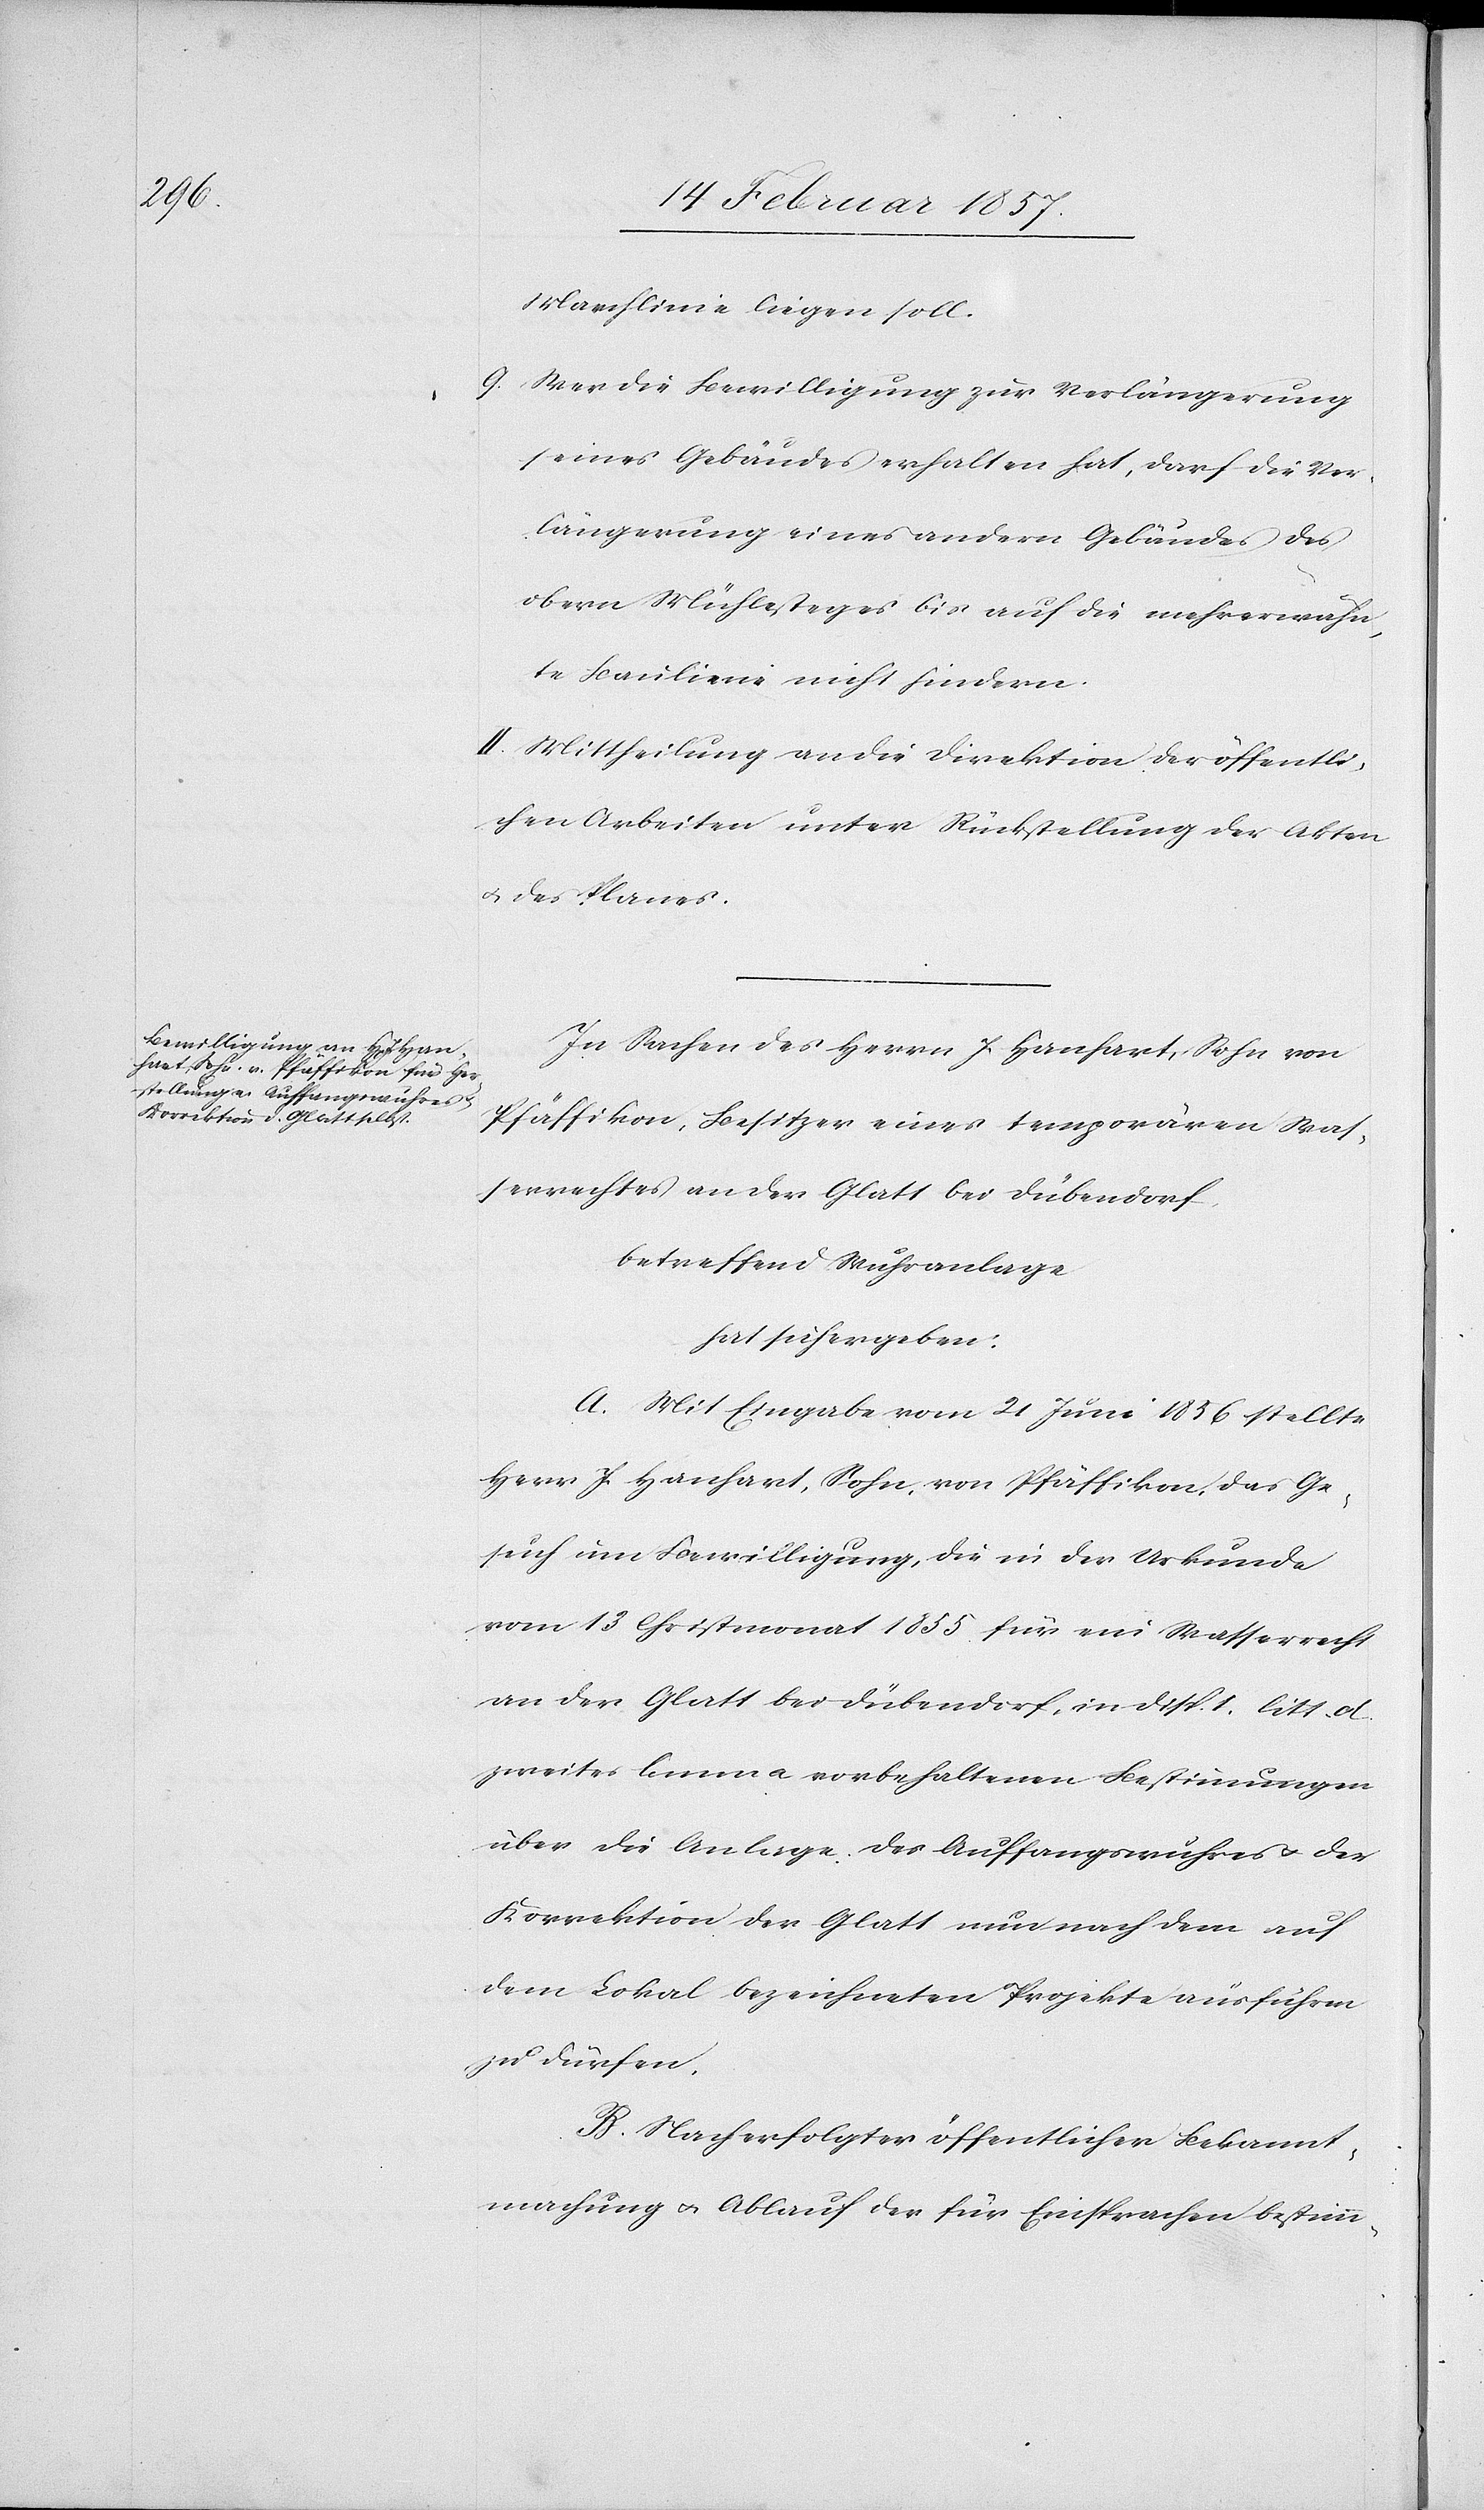
Marchlinie liegen soll.
9. Wer die Bewilligung zur Verlängerung
seines Gebäudes erhalten hat, darf die Ver¬
längerung eines andern Gebäudes des
obern Mühlesteges bis auf die mehrerwähn¬
te Baulinie nicht hindern.
II. Mittheilung an die Direktion der öffentli¬
chen Arbeiten unter Rückstellung der Akten
u. des Planes.
In Sachen des Herrn J. Hanhart, Sohn von
Pfäffikon, Besitzer eines temporären Was¬
serrechts an der Glatt bei Dübendorf,
betreffend Wuhranlage
hat sich ergeben:
A. Mit Eingabe vom 21 Juni 1836 stellte
Herr J. Hanhart, Sohn, von Pfäffikon, das Ge¬
such um Bewilligung, die in der Urkunde
vom 13 Christmonat 1855 für ein Wasserrecht
an der Glatt bei Dübendorf, in Disp. 1. litt. d
zweites lemma vorbehaltenen Bestimmungen
über die Anlage des Auffangswuhres u. der
Korrektion der Glatt nun nach dem auf
dem Lokal bezeichneten Projekte ausführen
zu dürfen.
B. Nach erfolgter öffentlicher Bekannt¬
machung u. Ablauf der für Einsprachen bestimm-